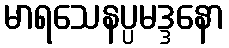
မာရသေနပ္ပမဒ္ဒနော